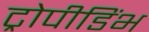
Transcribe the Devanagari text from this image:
ट्रोपीडिंभ